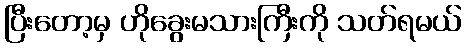
ပြီးတော့မှ ဟိုခွေးမသားကြီးကို သတ်ရမယ်